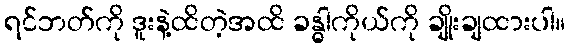
ရင်ဘတ်ကို ဒူးနဲ့ထိတဲ့အထိ ခန္ဓါကိုယ်ကို ချိုးချထားပါ။